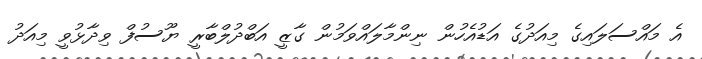
އެ މައްސަލައިގެ މިއަދުގެ އަޑުއެހުން ނިންމާލައްވަމުން ގާޒީ އަބްދުލްބާރީ ޔޫސުފް ވިދާޅުވީ މިއަދު